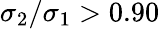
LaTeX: \sigma_{2}/\sigma_{1}>0.90